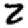
Digit: 2